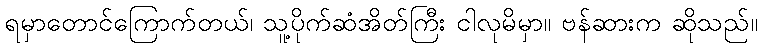
ရမှာတောင်ကြောက်တယ်၊ သူ့ပိုက်ဆံအိတ်ကြီး ငါလုမိမှာ။ ဗန်ဆားက ဆိုသည်။